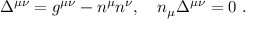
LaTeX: \Delta ^ { \mu \nu } = g ^ { \mu \nu } - n ^ { \mu } n ^ { \nu } , \quad n _ { \mu } \Delta ^ { \mu \nu } = 0 \mathrm { ~ . }